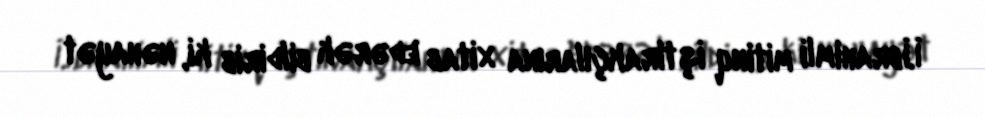
İ.İbrahimli mitinq iştirakçılarına xitab edərək bildirib ki, nəhayət